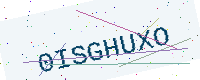
Text: 0ISGHUXO